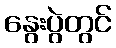
နွေးပွဲတွင်